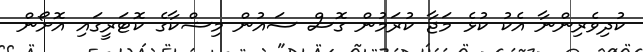
ކުދިވެރިންނާ އެކު ކުޅެ މަޖާ ކުރަމުން ގޮސް ސައުން މިޝްކާގެ ކޮޓަރީގައި އޮށޯން